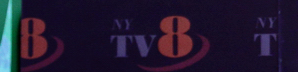
8 TV8 T